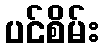
ပင်စိမ်း